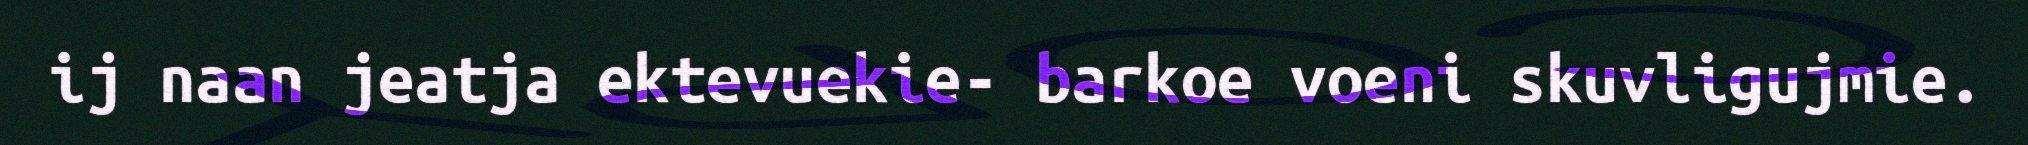
ij naan jeatja ektevuekie- barkoe voeni skuvligujmie.